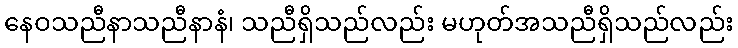
နေဝသညီနာသညီနာနံ၊ သညီရှိသည်လည်း မဟုတ်အသညီရှိသည်လည်း